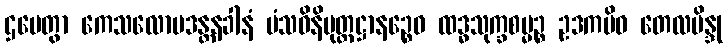
ဌပေတွာ ကေသလောမဒန္တနခါနံ မံသဝိနိမုတ္တဋ္ဌာနဉ္စေဝ ထဒ္ဓသုက္ခစမ္မဉ္စ ဥဒကမိဝ တေလဗိန္ဒု